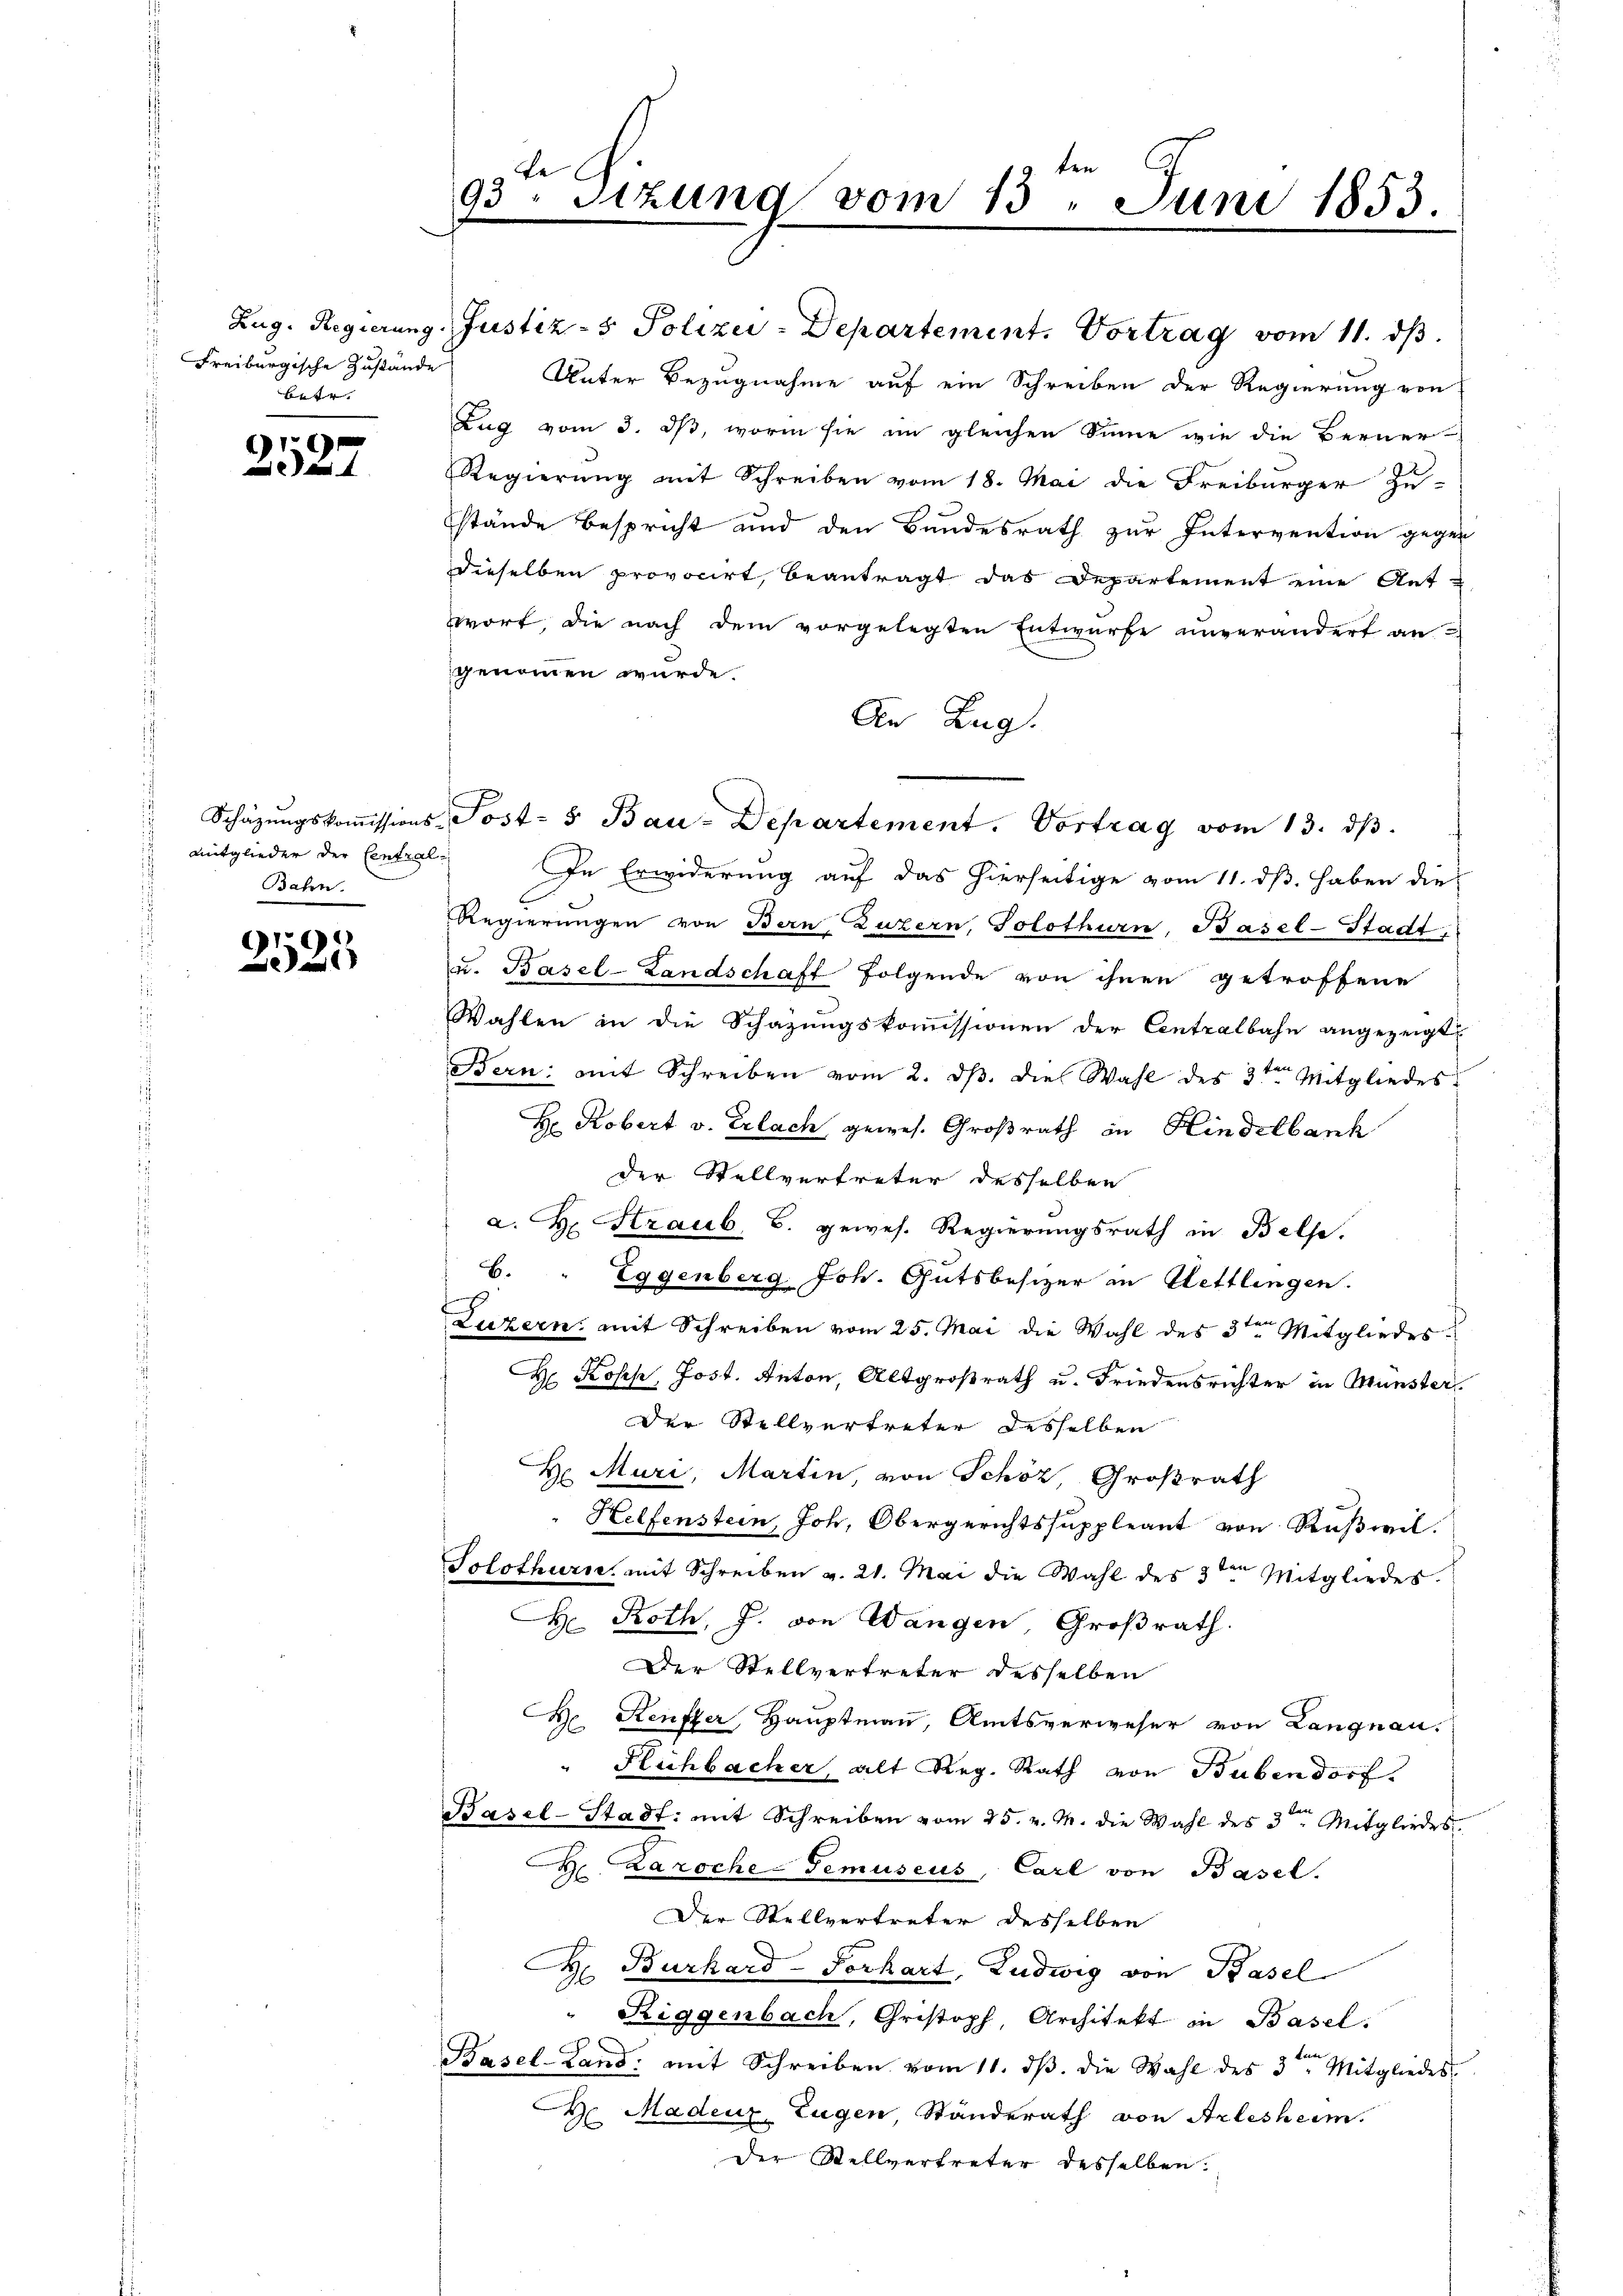
Freiburgische Zustände
betr. |

2527

Bahn.

2525

ten
be
93. Sitzung vom 13. Juni 1853.

Zug. Regierung. Justiz- & Polizei-Departement. Vortrag vom 11. dβ.
Unter Bezugnahme auf ein Schreiben der Regierung von
Zug vom 3. ds, worin sie im gleichen Sinne wie die Berner-
Regierŭng mit Schreiben vom 18. Mai die Freiburger Zu-
stände bespricht und den Bundesrath zur Intervention gegen
dieselben provocirt, beantragt das Departement eine Auf-
wort, die nach dem vorgelegten Entwurfe unverändert an.
genommen wurde.
An Lug.
Schäzŭngskoṁissions-Post- & Bau-Departement. Vortrag vom 13. dβ.
mitglieder der Central. In Erwiderung auf das hierseitige vom 11. dß. haben dies
Regierungen von Bern, Luzern, Solothurn, Basel-Stadt
u. Basel-Landschaft folgende von ihnen getroffene
Wahlen in die Schazungskoṁissionen der Centralbahn angezeigt
Bern: mit Schreiben vom 2. d. die Wahl des 3ten Mitgliedes
Hr. Robert v. Erlach gewes. Großrath in Hindelbank
der Stellvertreter desselben
a. H. Straub, B. gewes. Regierungsrath in Belse.
B. " Eggenberg Joh. Gutsbesizer in Hettlingen.
Luzern, mit Schreiben vom 25. Mai die Wahl des 3ten Mitgliedes¬
H Kopp, Jost. Anton, Altgroßrath u. Friedensrichter in Münster
Der Stellvertreter desselben
H. Muri, Martin, von Schöz, Großrath
Helfenstein, Joh. Obergerichtssuppleant von Rußwil.
Solothurn, mit Schreiben v. 21. Mai die Wahl des 3ten Mitgliedes.
H. Roth, J. von Wangen, Großrath.
Der Stellvertreter desselben
t
Keuffer, Hauptmann, Amtsverweser von Langnau.
" Reichbacher, alt Reg. Rath von Bubendorf
Basel-Stadt: mit Schreiben vom 25. v. M. die Wahl des 3ten Mitgliedes
D Zaroche-Gemuseus, Carl von Basel.
Der Stellvertreter desselben
 Burkard-Porhart, Ludwig von Basel
Riggenbach, Christoph, Architekt in Basel.
Basel-Land: mit Schreiben vom 11. ds. die Wahl des 3ten Mitgliedes
C Madeur, Eugen, Standerath von Arlesheim.
der Stellvertreter desselben.